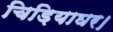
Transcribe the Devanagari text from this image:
चिड़ियाघर।